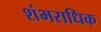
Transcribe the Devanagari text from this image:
शंभराधिक